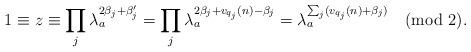
LaTeX: \begin{align*}1\equiv z \equiv \prod_j \lambda_a^{2\beta_j+\beta_j'} = \prod_j \lambda_a^{2\beta_j+v_{q_j}(n)-\beta_j} = \lambda_a^{\sum_{j}(v_{q_j}(n)+\beta_j)} \pmod{2}.\end{align*}